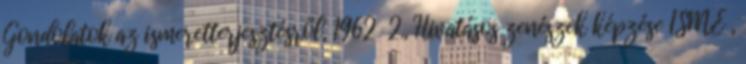
Gondolatok az ismeretterjesztésről, 1962 2., Hivatásos zenészek képzése ISME ,